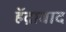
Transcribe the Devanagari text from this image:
हॅद्राबाद